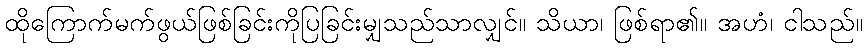
ထိုကြောက်မက်ဖွယ်ဖြစ်ခြင်းကိုပြခြင်းမျှသည်သာလျှင်။ သိယာ၊ ဖြစ်ရာ၏။ အဟံ၊ ငါသည်။